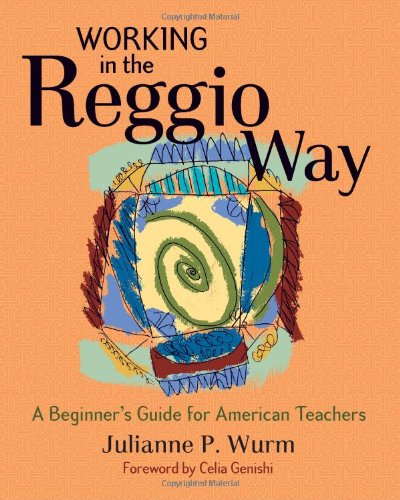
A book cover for Working in the Reggio Way: A Beginner's Guide for American Teachers; Julianne P. Wurm; Education & Teaching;